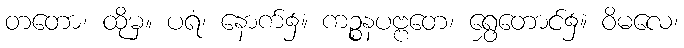
တတော၊ ထိုမှ။ ပရံ၊ နောက်၌။ ကဉ္စနပဗ္ဗတေ၊ ရွှေတောင်၌။ ဝိမလေ၊